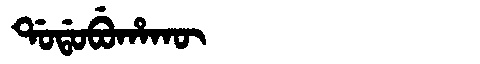
Manchu: ᡩᠣᡩᠣᠪᡠᡥᠠᡴᡡ
Romanization: DODOBUHAKŪ